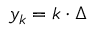
y _ { k } = k \cdot \Delta